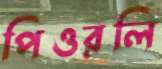
পিওরলি